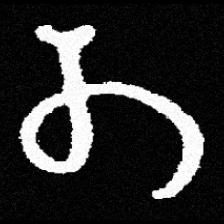
Pyu character \u2014 Myanmar letter: တ (romanized: ta)